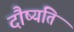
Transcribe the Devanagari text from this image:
दौष्यंति